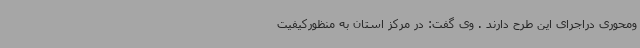
ومحوری دراجرای این طرح دارند . وی گفت: در مرکز استان به منظورکیفیت